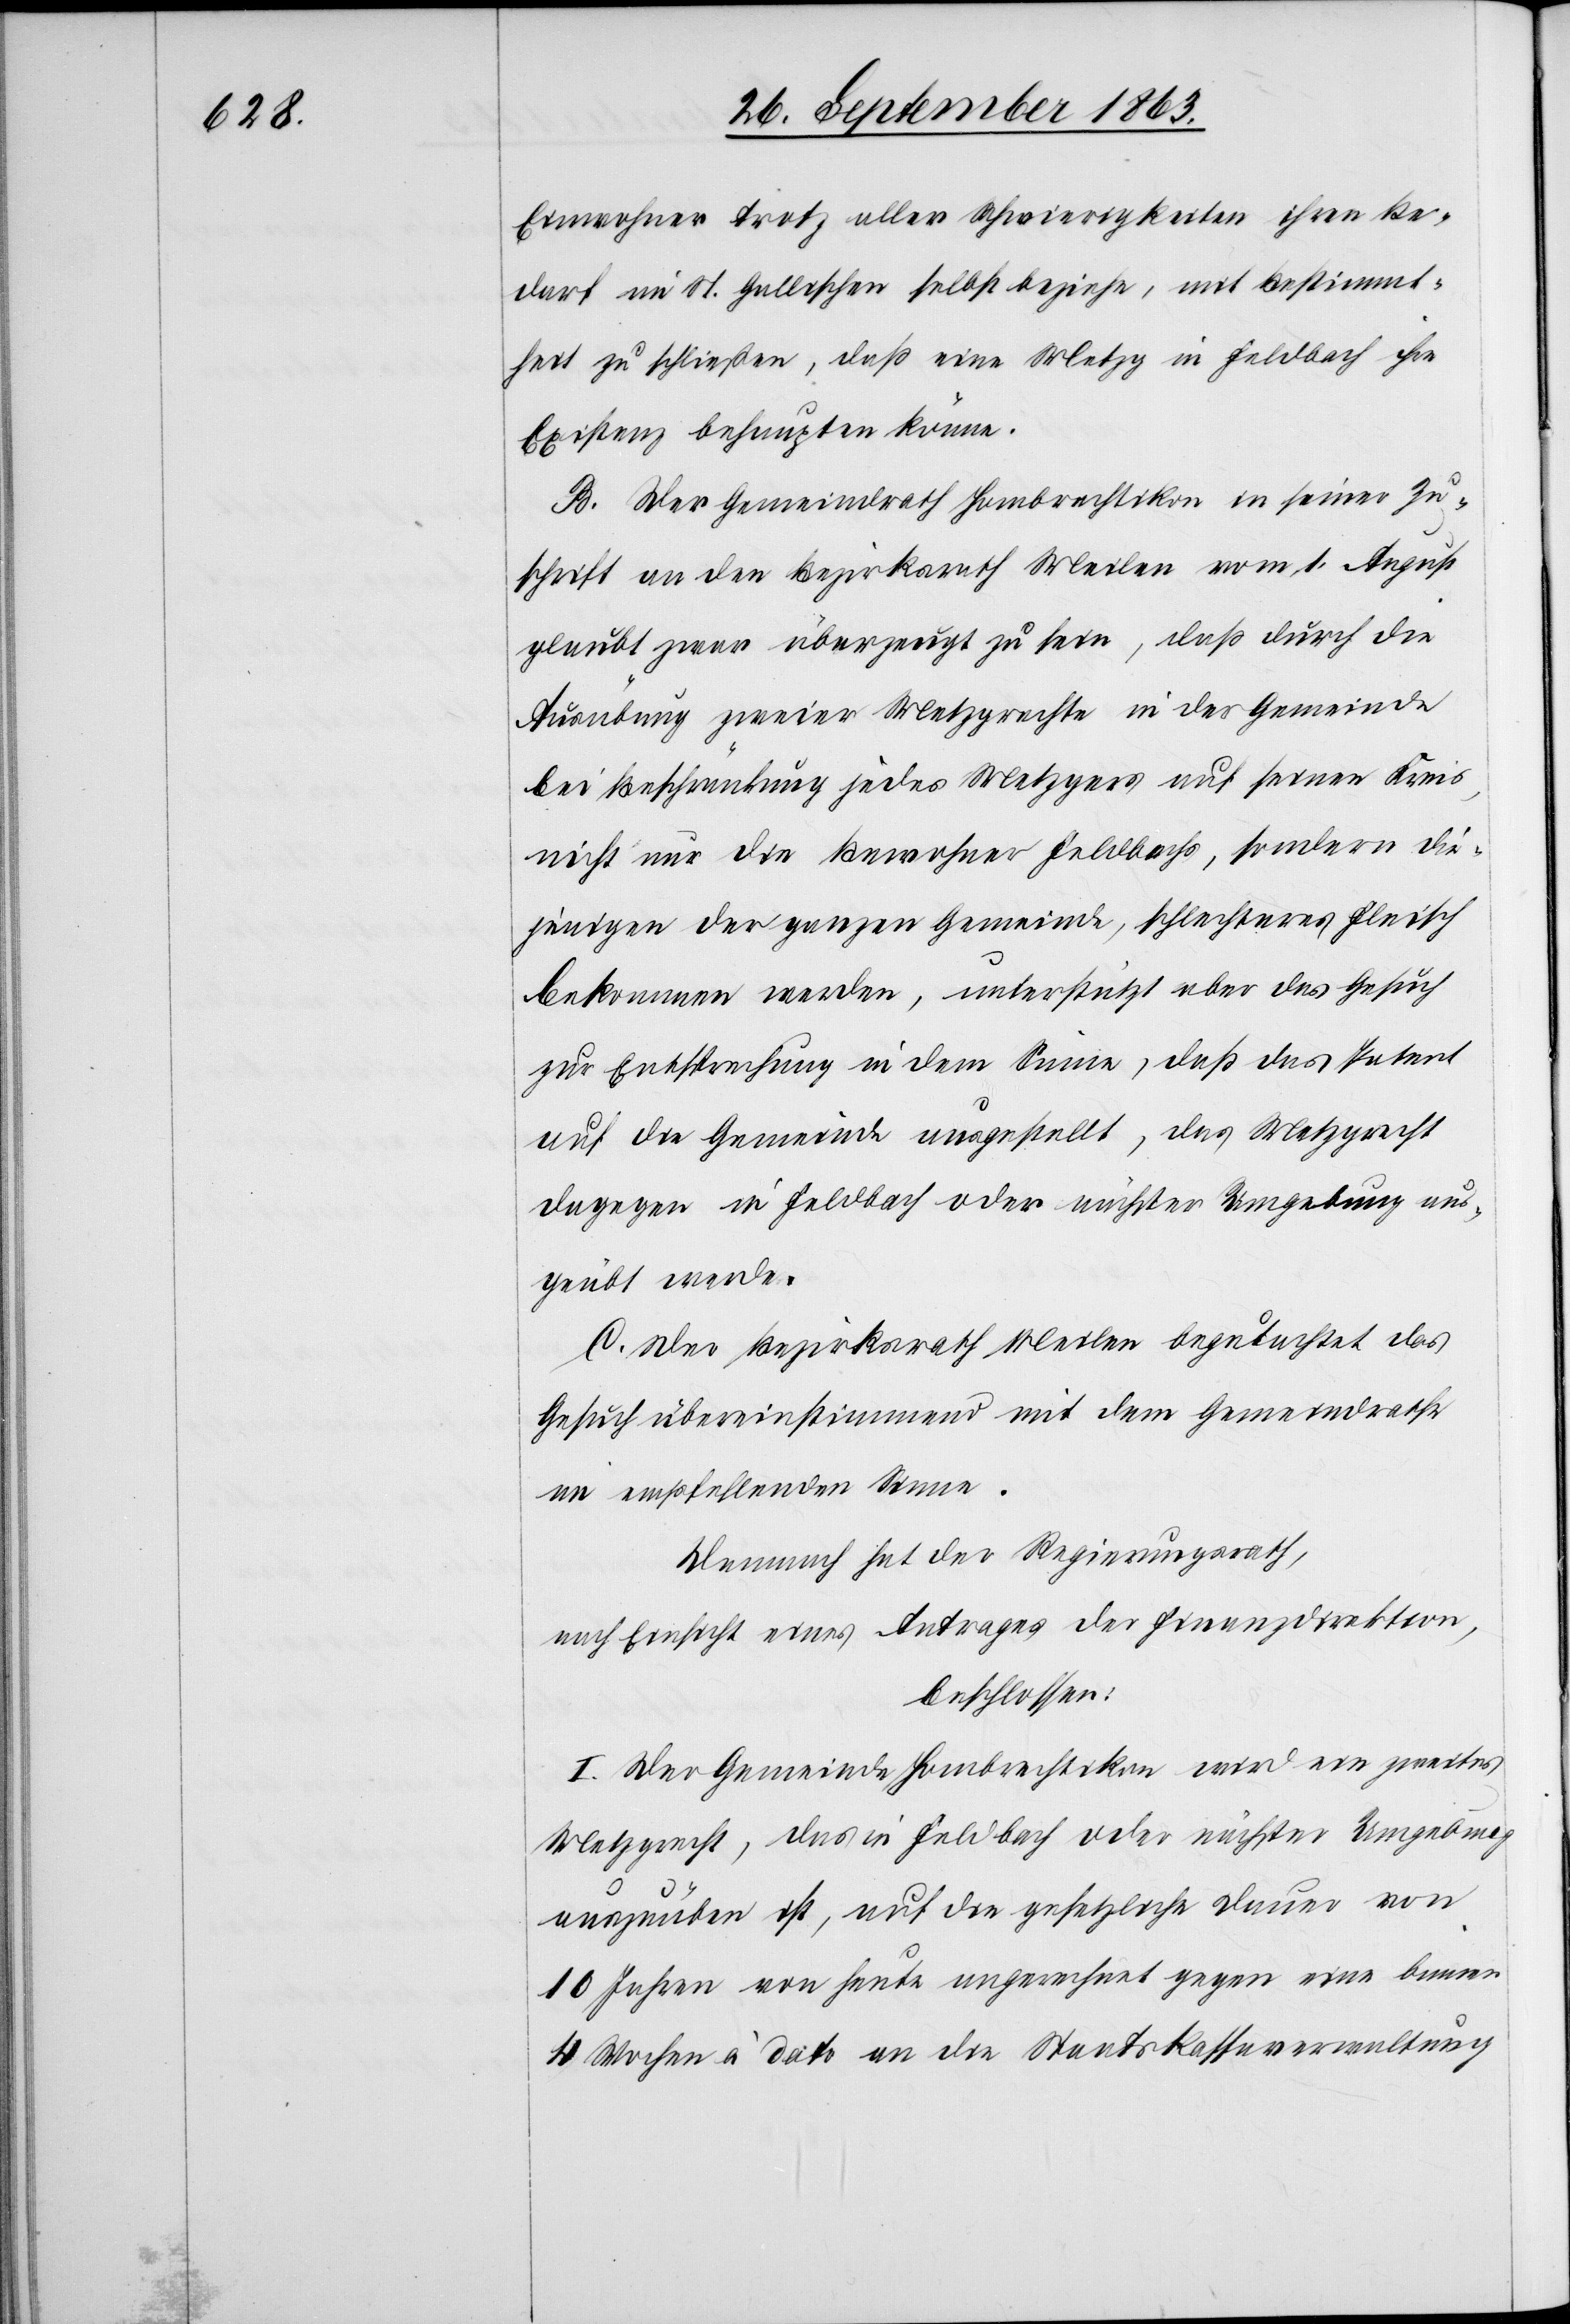
Einwohner trotz aller Schwierigkeiten ihren Be¬
darf im St. Gallischen selbst beziehe, mit Bestimmt¬
heit zu schließen, daß eine Metzg in Feldbach ihre
Existenz behaupten könne.
B. Der Gemeindrath Hombrechtikon in seiner Zu¬
schrift an den Bezirksrath Meilen vom 1. August
glaubt zwar überzeugt zu sein, daß durch die
Ausübung zweier Metzgrechte in der Gemeinde
bei Beschränkung jedes Metzgers auf seinen Kreis,
nicht nur die Bewohner Feldbachs, sondern die¬
jenigen der ganzen Gemeinde, schlechteres Fleisch
bekommen werden, unterstützt aber das Gesuch
zur Entsprechung in dem Sinne, daß das Patent
auf die Gemeinde ausgestellt, das Metzgrecht
dagegen in Feldbach oder nächster Umgebung aus¬
geübt werde.
C. Der Bezirksrath Meilen begutachtet das
Gesuch übereinstimmend mit dem Gemeindrathe
im empfehlenden Sinne.
Demnach hat der Regierungsrath,
nach Einsicht eines Antrages der Finanzdirektion,
beschlossen:
I. Der Gemeinde Hombrechtikon wird ein zweites
Metzgrecht, das in Feldbach oder nächster Umgebung
auszuüben ist, auf die gesetzliche Dauer von
10 Jahren von heute angerechnet gegen eine binnen
4 Wochen à dato an die Staatskassaverwaltung